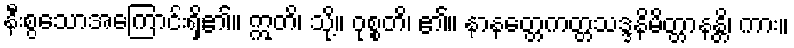
နီးစွသောအကြောင်းရှိ၏။ ဣတိ၊ သို့။ ဝုစ္စတိ၊ ၏။ နာနတ္တေကတ္တသဒ္ဒနိမိတ္တာနန္တိ၊ ကား။